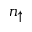
n _ { \uparrow }